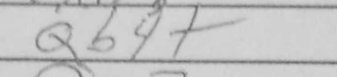
Transcription: Qb4+